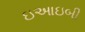
ઇઆઇબી